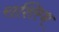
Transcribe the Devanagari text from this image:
राशिस्थ